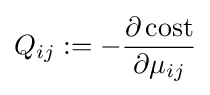
Q_{ij}:=-{\frac {\partial \operatorname {cost} }{\partial \mu _{ij}}}